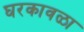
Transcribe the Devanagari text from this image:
घरकावळा